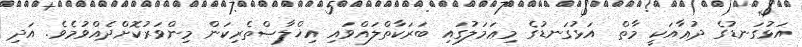
އަޅުގަނޑުގެ ދުޢާއަކީ މާތް  އަޅުގަނޑުގެ މިޢަމަލުގައި ބަރަކާތްލައްވައި އިޚްލާޞްތެރިކަން މިންވަރުކޮށްދެއްވުމެވެ. އަދި